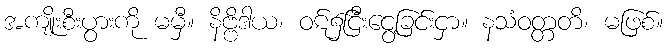
အကျိုးစီးပွားကို မမှီ။ နိဗ္ဗိဒါယ၊ ဝဋ်၌ငြီးငွေ့ခြင်းငှာ။ နသံဝတ္တတိ၊ မဖြစ်။